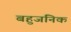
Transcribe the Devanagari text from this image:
बहुजनिक